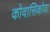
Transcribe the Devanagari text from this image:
कोवासिकोवा